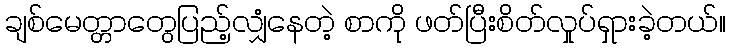
ချစ်မေတ္တာတွေပြည့်လျှံနေတဲ့ စာကို ဖတ်ပြီးစိတ်လှုပ်ရှားခဲ့တယ်။